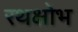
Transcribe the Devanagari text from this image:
रथक्षोभ